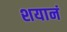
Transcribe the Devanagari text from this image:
शयानं